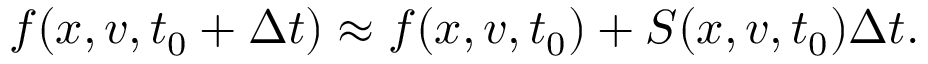
f ( x , v , t _ { 0 } + \Delta t ) \approx f ( x , v , t _ { 0 } ) + S ( x , v , t _ { 0 } ) \Delta t .